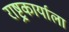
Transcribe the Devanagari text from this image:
राष्ट्र्कार्याला